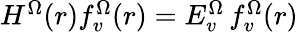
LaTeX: \begin{array}{r}{H^{\Omega}(r)f_{v}^{\Omega}(r)=E_{v}^{\Omega}\, f_{v}^{\Omega}(r)}\end{array}